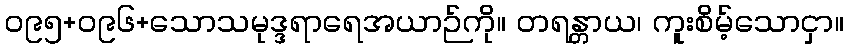
၀၉၅+၀၉၆+သောသမုဒ္ဒရာရေအယာဉ်ကို။ တရန္တာယ၊ ကူးစိမ့်သောငှာ။